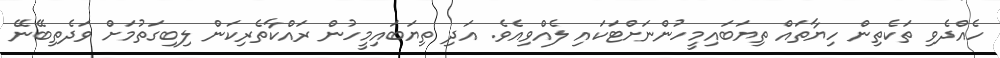
ހެއްދެވި ތަކެތިން ހިޔާތައް ތިޔަބައިމީހުންނަށްޓަކައި ލެއްވިއެވެ. އަދި ތިޔަބައިމީހުން ރައްކާތެރިކަން ލިބިގަތުމަށް ވަދެތިބޭނޭ